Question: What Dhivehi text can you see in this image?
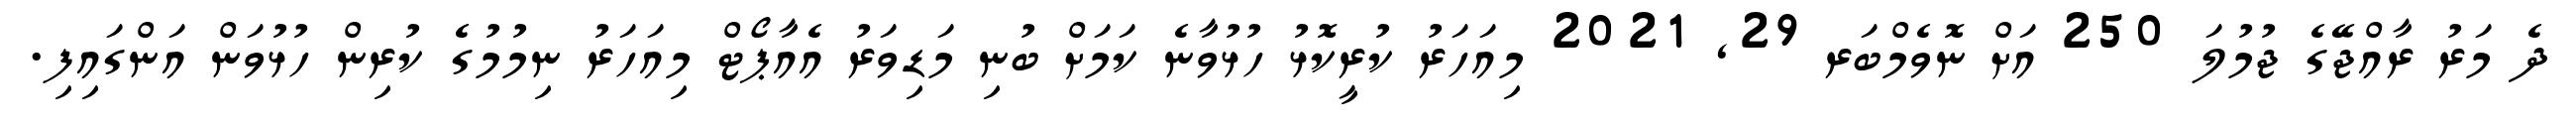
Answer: ދެ މަރު ރާއްޖޭގެ ޖުމުލަ 250 އަށް ނޮވެމްބަރ 29, 2021 މިއަހަރު ކުރީކޮޅު ހުޅުވާނެ ކަމަށް ބުނި މަޑިވަރު އެއާޕޯޓް މިއަހަރު ނިމުމުގެ ކުރިން ހުޅުވަން އަންގައިފި.